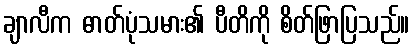
ချာလီက ဓာတ်ပုံသမား၏ ပီတိကို စိတ်ဖြာပြသည်။